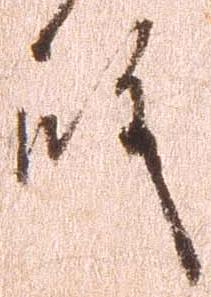
殿